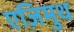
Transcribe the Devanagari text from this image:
एज़िमुथ